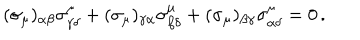
( \sigma _ { \mu } ) _ { \alpha \beta } \sigma _ { \gamma \delta } ^ { \mu } + ( \sigma _ { \mu } ) _ { \gamma \alpha } \sigma _ { \beta \delta } ^ { \mu } + ( \sigma _ { \mu } ) _ { \beta \gamma } \sigma _ { \alpha \delta } ^ { \mu } = 0 \, .